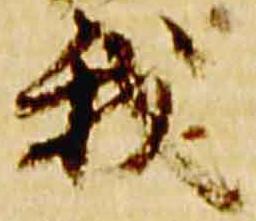
我